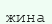
жина